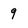
Character: 9